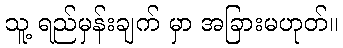
သူ့ ရည်မှန်းချက် မှာ အခြားမဟုတ်။